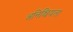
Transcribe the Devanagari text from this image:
अनिश्चियता